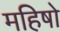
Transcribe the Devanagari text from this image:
महिषो